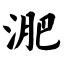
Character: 淝